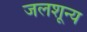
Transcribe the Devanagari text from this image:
जलशून्य